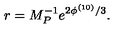
r = M _ { P } ^ { - 1 } e ^ { 2 \phi ^ { ( 1 0 ) } / 3 } .